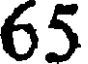
65